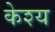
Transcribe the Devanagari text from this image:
केश्य